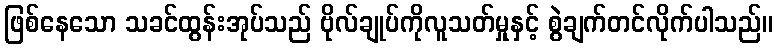
ဖြစ်နေသော သခင်ထွန်းအုပ်သည် ဗိုလ်ချုပ်ကိုလူသတ်မှုနှင့် စွဲချက်တင်လိုက်ပါသည်။